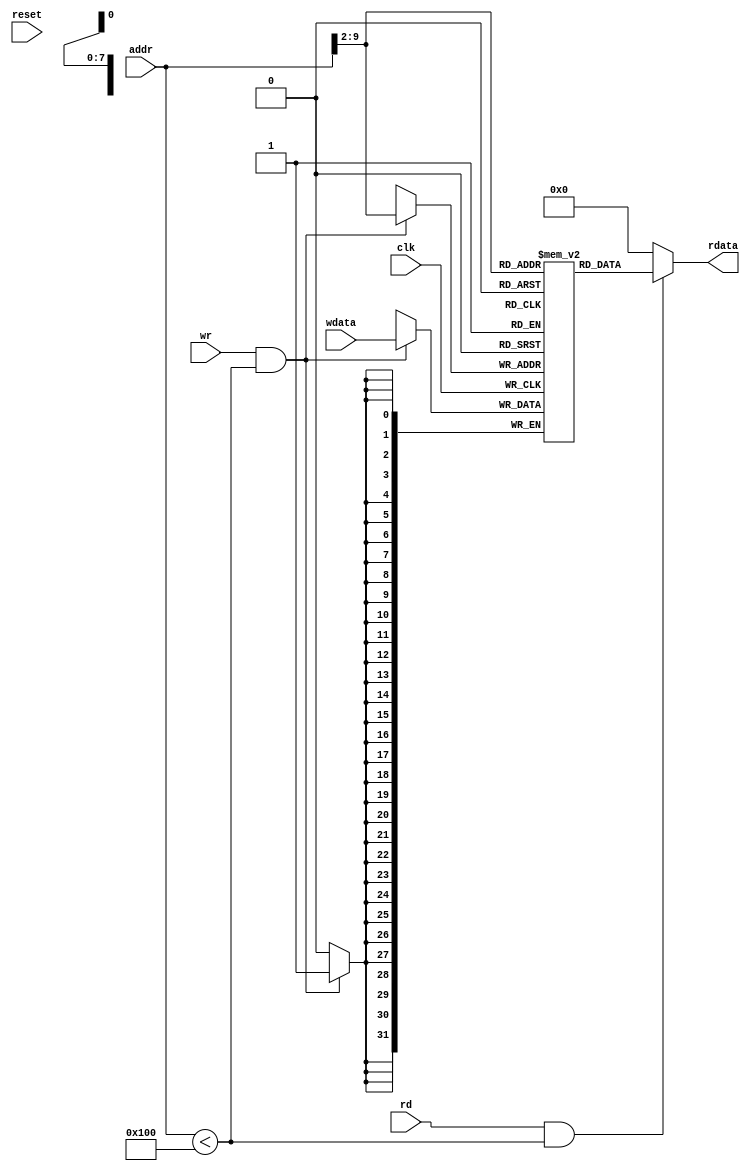
module DataMem (reset,clk,rd,wr,addr,wdata,rdata);
input reset,clk;
input rd,wr;
input [31:0] addr;
output [31:0] rdata;
input [31:0] wdata;
parameter RAM_SIZE = 256;
(* ram_style = "distributed" *) reg [31:0] RAMDATA [RAM_SIZE-1:0];
assign rdata=(rd && (addr < RAM_SIZE))?RAMDATA[addr[31:2]]:32'b0;
always@(posedge clk) begin
	if(wr && (addr < RAM_SIZE)) RAMDATA[addr[31:2]]<=wdata;
end
endmodule